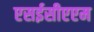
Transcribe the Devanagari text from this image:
एसईसीएएम